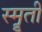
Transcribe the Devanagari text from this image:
स्मॄती